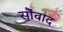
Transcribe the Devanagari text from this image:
सौंवाद